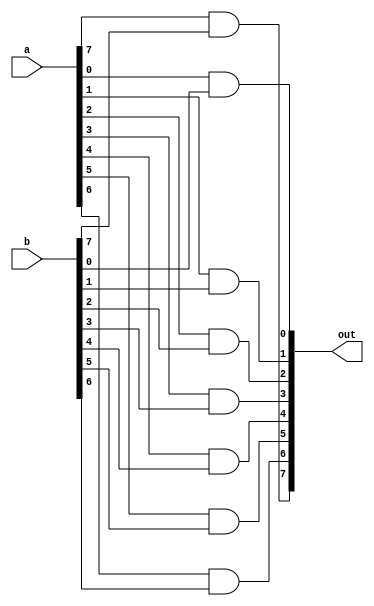
module and_8bit(output [7:0] out, input [7:0] a, b);

and (out[0], a[0], b[0]);
and (out[1], a[1], b[1]);
and (out[2], a[2], b[2]);
and (out[3], a[3], b[3]);
and (out[4], a[4], b[4]);
and (out[5], a[5], b[5]);
and (out[6], a[6], b[6]);
and (out[7], a[7], b[7]);


endmodule